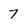
Character: 7